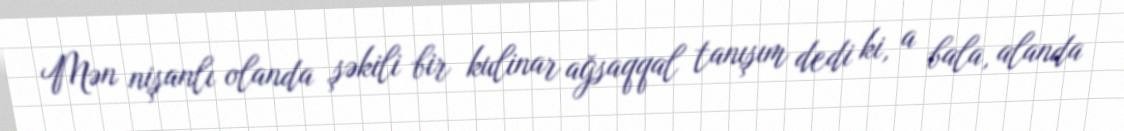
Mən nişanlı olanda şəkili bir kulinar ağsaqqal tanışım dedi ki, a bala, alanda